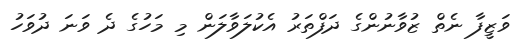
ވަޒީފާ ނެތް ޒުވާނުންގެ ދަފްތަރު އެކުލަވާލަން މި މަހުގެ ދެ ވަނަ ދުވަހު